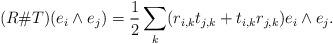
LaTeX: \begin{align*} (R\# T)(e_i\wedge e_j)=\frac{1}{2}\sum_k(r_{i,k}t_{j,k}+t_{i,k}r_{j,k}) e_i\wedge e_j.\end{align*}